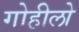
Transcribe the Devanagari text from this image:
गोहीलो